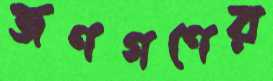
জণগণের